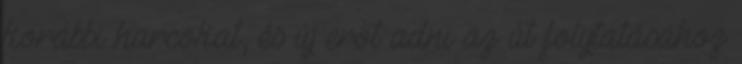
korábbi harcokat, és új erőt adni az út folytatásához